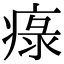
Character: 𤷚